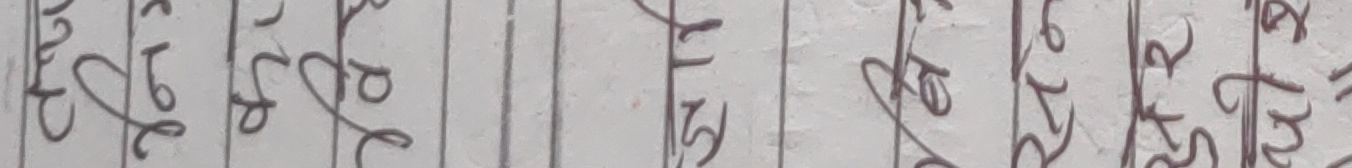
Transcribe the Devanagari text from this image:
२७ से २९ से